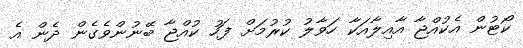
ކޯޓުން އެކުއްޖާ އާއިލާއަކާ ހަވާލު ކުރުމަށް ފަހު ކުއްޖާ ބޭނުންވެގެން ދެން އެ